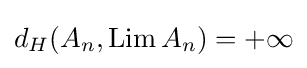
d_{H}(A_{n},\mathop {\mathrm {Lim} } A_{n})=+\infty